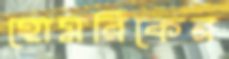
হোমরিকের